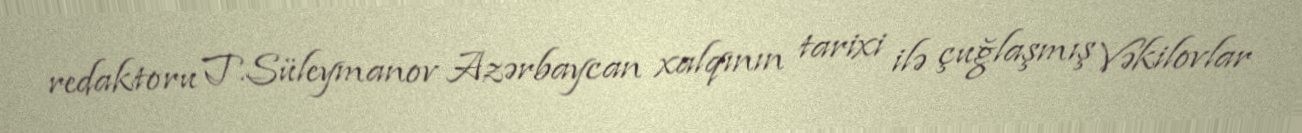
redaktoru T.Süleymanov Azərbaycan xalqının tarixi ilə çuğlaşmış Vəkilovlar